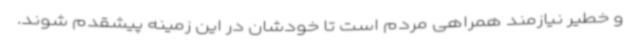
و خطیر نیازمند همراهی مردم است تا خودشان در این زمینه پیشقدم شوند.